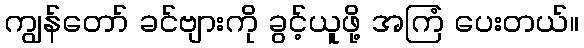
ကျွန်တော် ခင်ဗျားကို ခွင့်ယူဖို့ အကြံ ပေးတယ်။